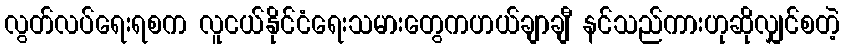
လွတ်လပ်ရေးရစက လူငယ်နိုင်ငံရေးသမားတွေကဟယ်ချာချီ နင်သည်ကားဟုဆိုလျှင်စတဲ့